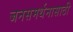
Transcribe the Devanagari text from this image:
जनसमर्थनासाठी